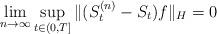
LaTeX: \begin{align*}\lim_{n \to \infty} \sup_{t \in (0,T]} \|(S^{(n)}_t - S_t) f\|_H = 0\end{align*}